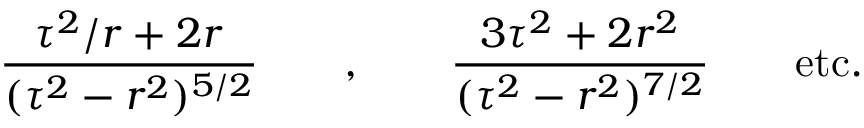
\frac { \tau ^ { 2 } / r + 2 r } { ( \tau ^ { 2 } - r ^ { 2 } ) ^ { 5 / 2 } } \qquad , \qquad \frac { 3 \tau ^ { 2 } + 2 r ^ { 2 } } { ( \tau ^ { 2 } - r ^ { 2 } ) ^ { 7 / 2 } } \qquad \mathrm { e t c . }